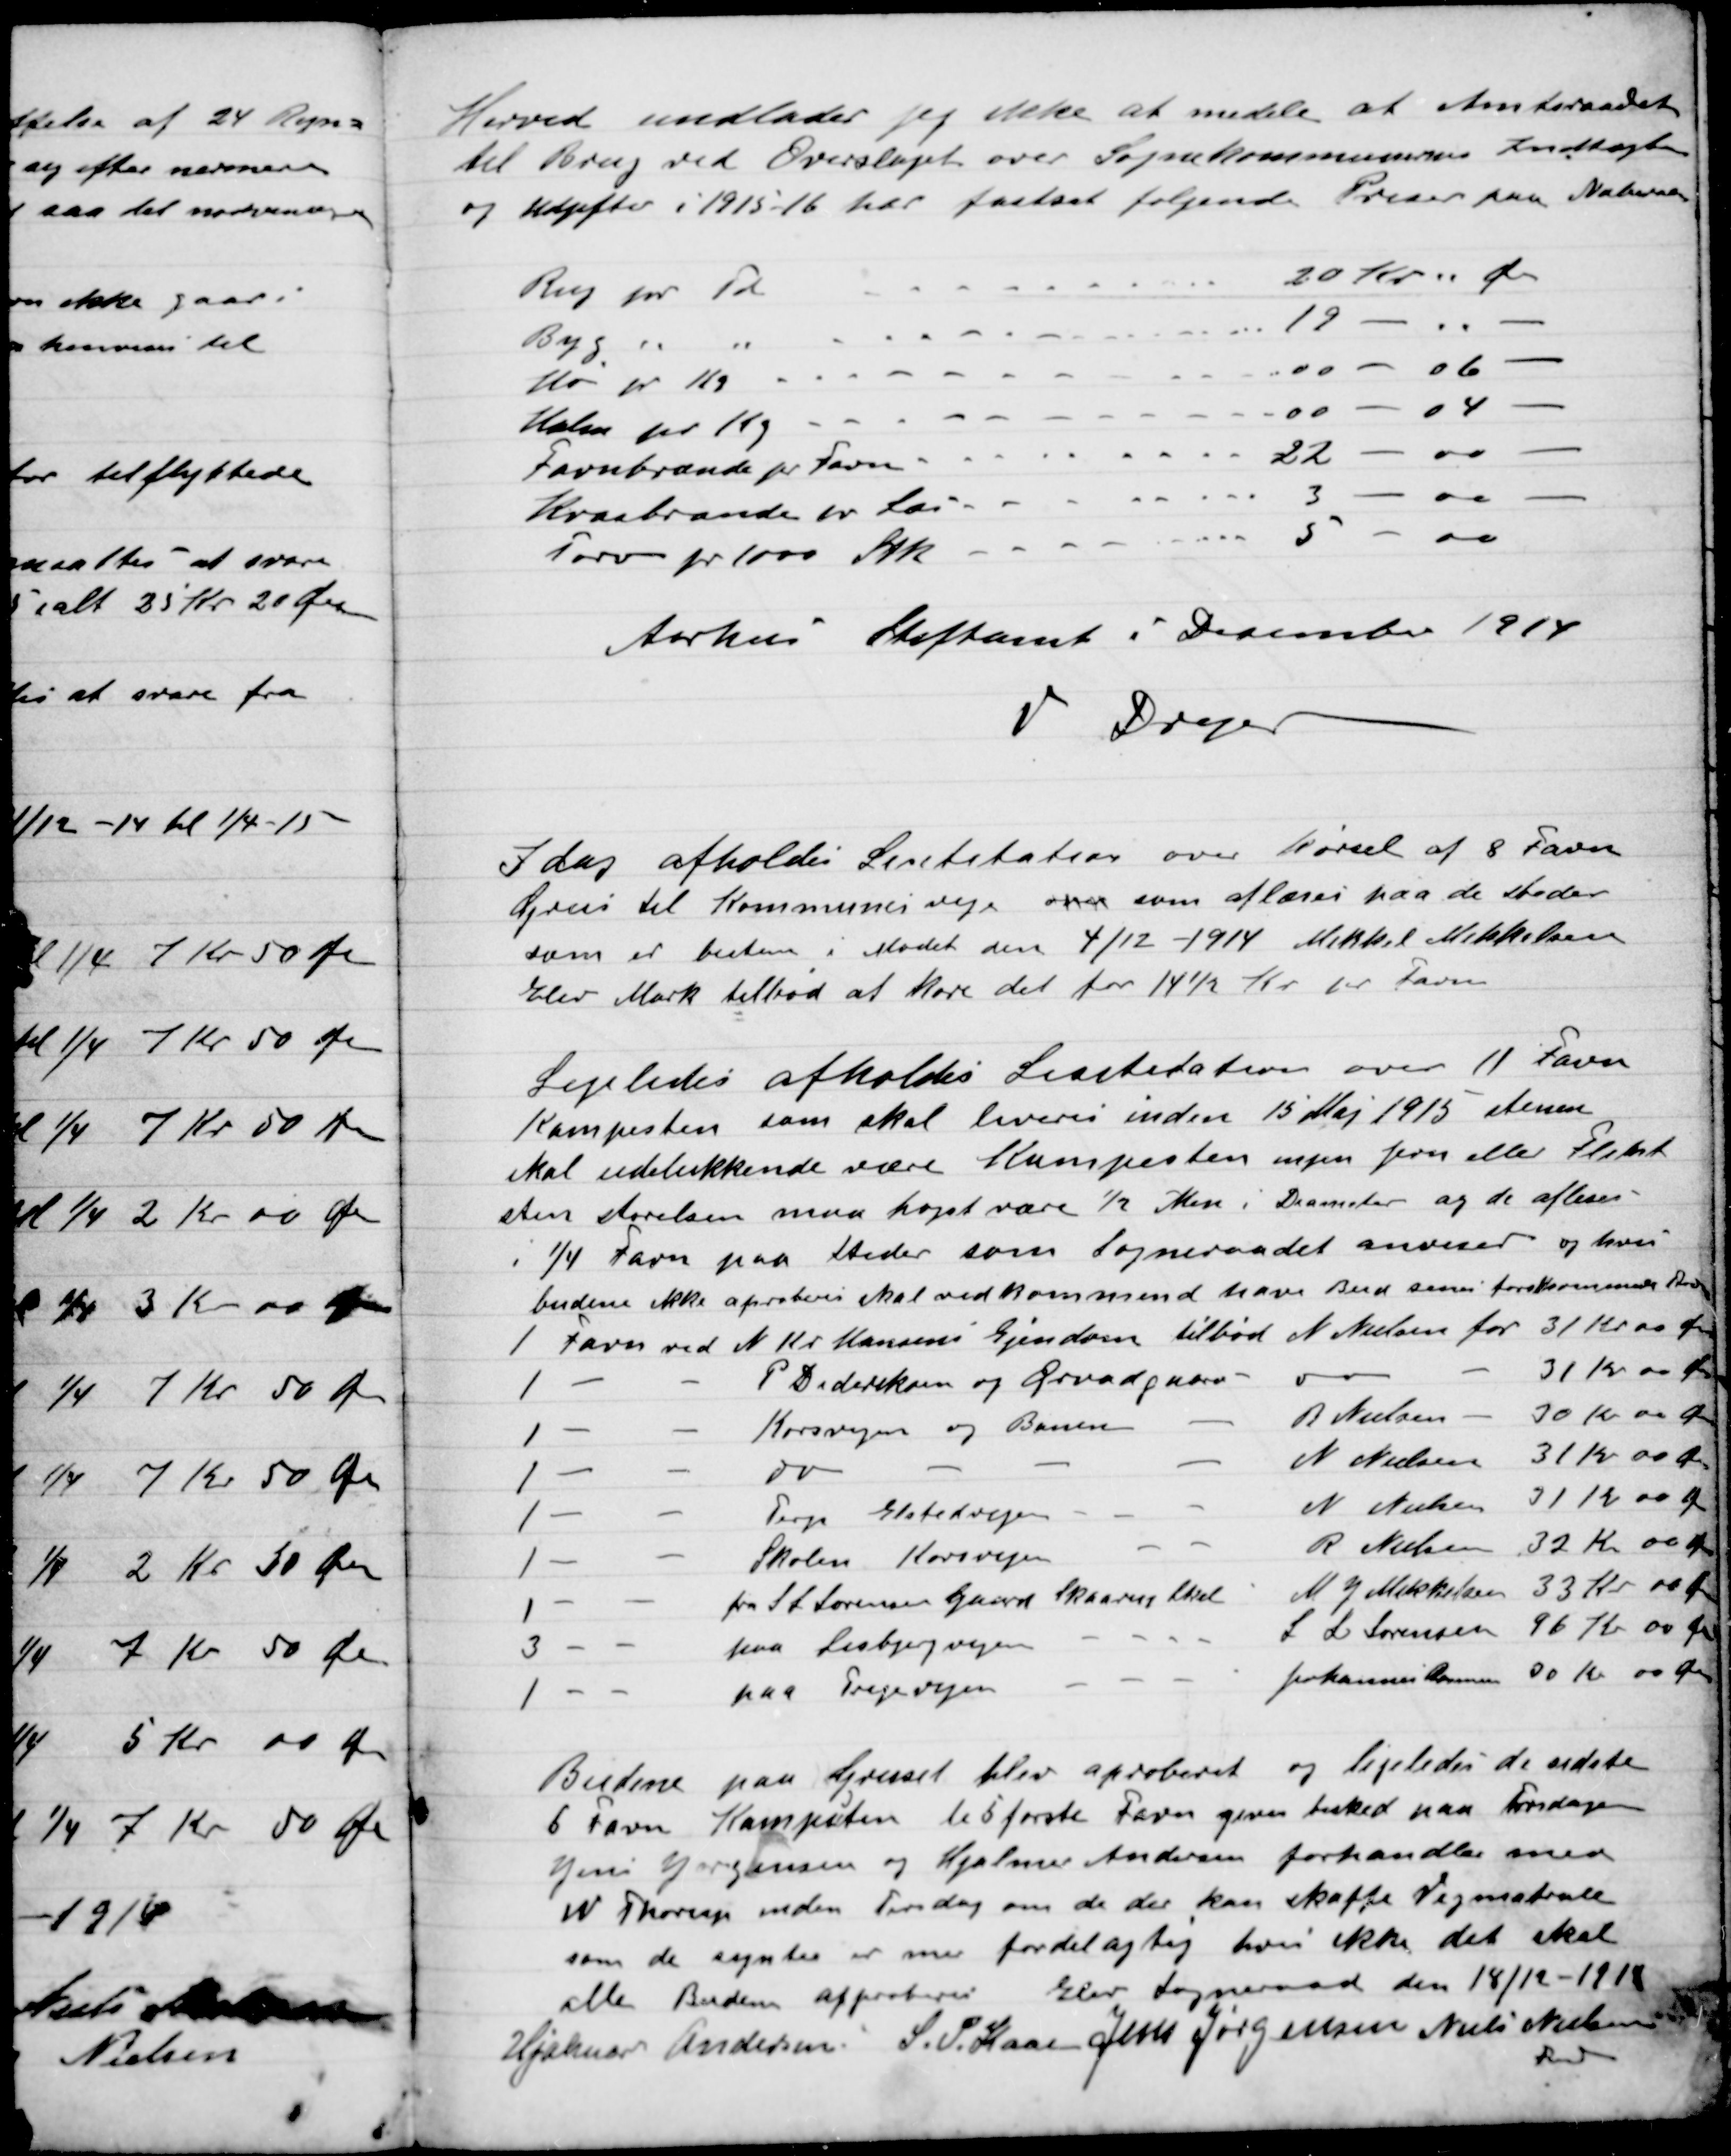
Transskription:
Herved undlader jeg ikke at meddele at Amtsraadet
til Brug ved Overslaget over Sognekommunens Indtægter
og Udgifter i 1915-16 har fastsat følgende Priser Naturalier

Aarhus Stiftsamt i December 1914
V Dreyer

I Dag afholdtes Licitation over kørsel af 8 Favn
Grus til Kommunens veje over som aflæsses paa de steder
som er bestemt i Mødet den 4/12-1914 Mikkel Mikkelsen
Elev Mark tilbød at køre det for 14½ Kr. pr. Favn.

Ligeledes afholdes Licitation over 11 Favn
Kampesten som skal leveres inden 15 Maj 1915 stenene
skal udelukkende være Kampesten mere jævn eller Fleket
sten størrelsen maa højst være ½ Mere i Diameter og de afstem
I ¼ Favn paa steder som sogneraadet anviser og hvem
Budene ikke aproberes skal vedkommende have bud som forekommer

Budene paa  blev aproberet og ligeledes de sidste
6 Favn Kampesten til 5 første Favn giver besked paa Torsdagen
Jens Jørgensen og Hjalmar Andersen forhandler med
W Thorup inden Tirsdag om de der kan skaffe Vejmateriale
som de syntes er mere fordelagtig hvor ikke det skal
alle Budene approberes

Elev Sogneraad den 18/12-1916.

Hjalmar Andersen
S. P. Kaas
Jens Jørgensen
Niels Nielsen
Fmd.